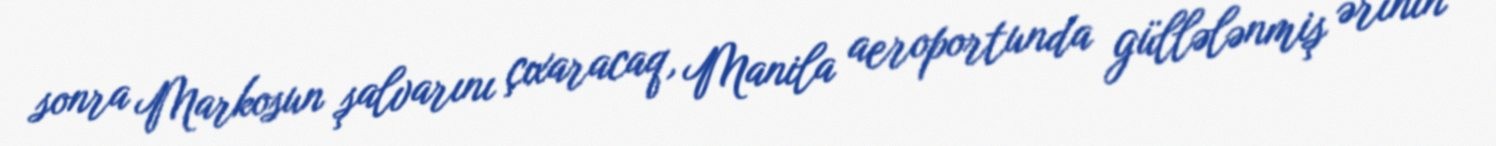
sonra Markosun şalvarını çıxaracaq, Manila aeroportunda güllələnmiş ərinin -